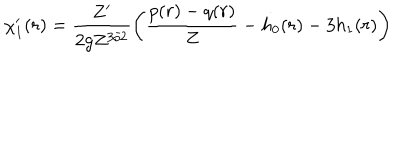
LaTeX: \chi _ { 1 } ^ { \prime } ( r ) = \frac { Z ^ { \prime } } { 2 g Z ^ { 3 / 2 } } \left( \frac { p ( r ) - q ( r ) } { Z } - h _ { 0 } ( r ) - 3 h _ { 1 } ( r ) \right)